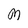
Character: M